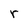
Character: r